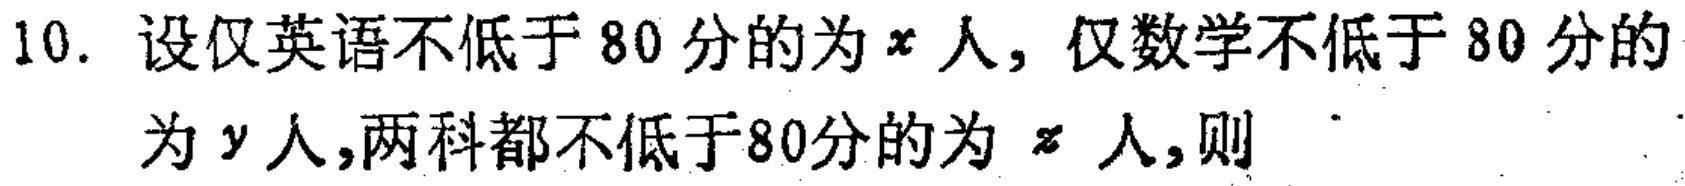
10. 设仅英语不低于80分的为\(x\)人，仅数学不低于80分的为\(y\)人,两科都不低于80分的为\(z\)人,则